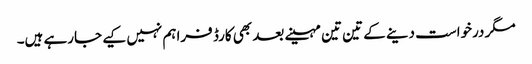
مگر درخواست دینے کے تین تین مہینے بعد بھی کارڈ فراہم نہیں کیے جارہے ہیں۔